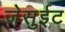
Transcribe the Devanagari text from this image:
जेसुईट